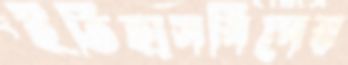
ইতিহাসবিদের